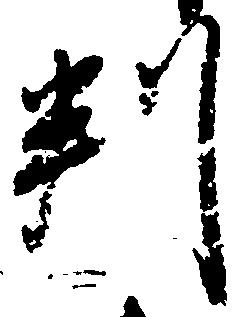
判